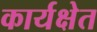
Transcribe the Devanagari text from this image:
कार्यक्षेत